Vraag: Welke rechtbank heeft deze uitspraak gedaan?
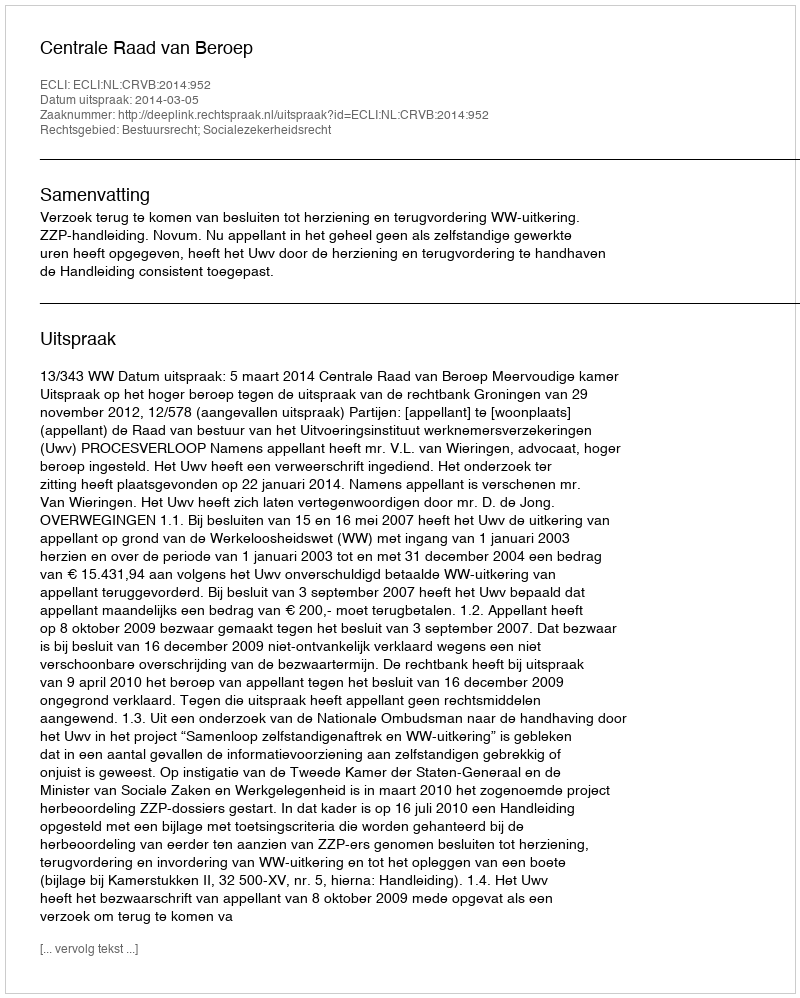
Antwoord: Centrale Raad van Beroep